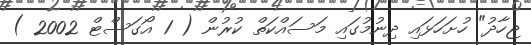
ޖިހާދު" ހުށަހަޅައި ދިނުމުގައި މަސައްކަތް ކުރުން ( 1 އޯގަސްޓް 2002 )